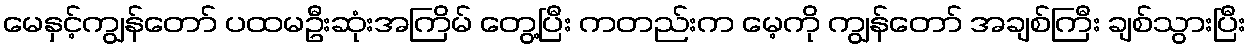
မေနှင့်ကျွန်တော် ပထမဦးဆုံးအကြိမ် တွေ့ပြီး ကတည်းက မေ့ကို ကျွန်တော် အချစ်ကြီး ချစ်သွားပြီး